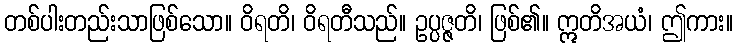
တစ်ပါးတည်းသာဖြစ်သော။ ဝိရတိ၊ ဝိရတီသည်။ ဥပ္ပဇ္ဇတိ၊ ဖြစ်၏။ ဣတိအယံ၊ ဤကား။